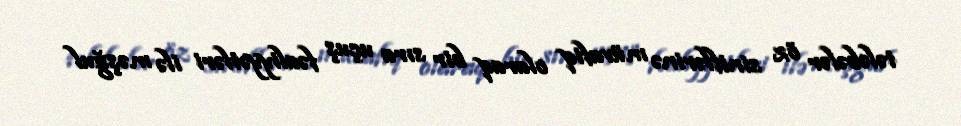
tələbələr öz siniflərinə müvafiq olaraq bir sıra uçuş fəaliyyətləri ilə məşğul